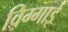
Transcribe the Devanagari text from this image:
विग्गाई